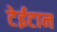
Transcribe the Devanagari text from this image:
टेईटान